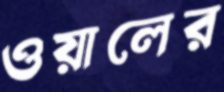
ওয়ালের